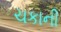
ચકાની